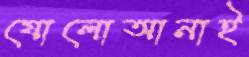
ষোলোআনাই